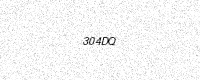
Text: 304DQ